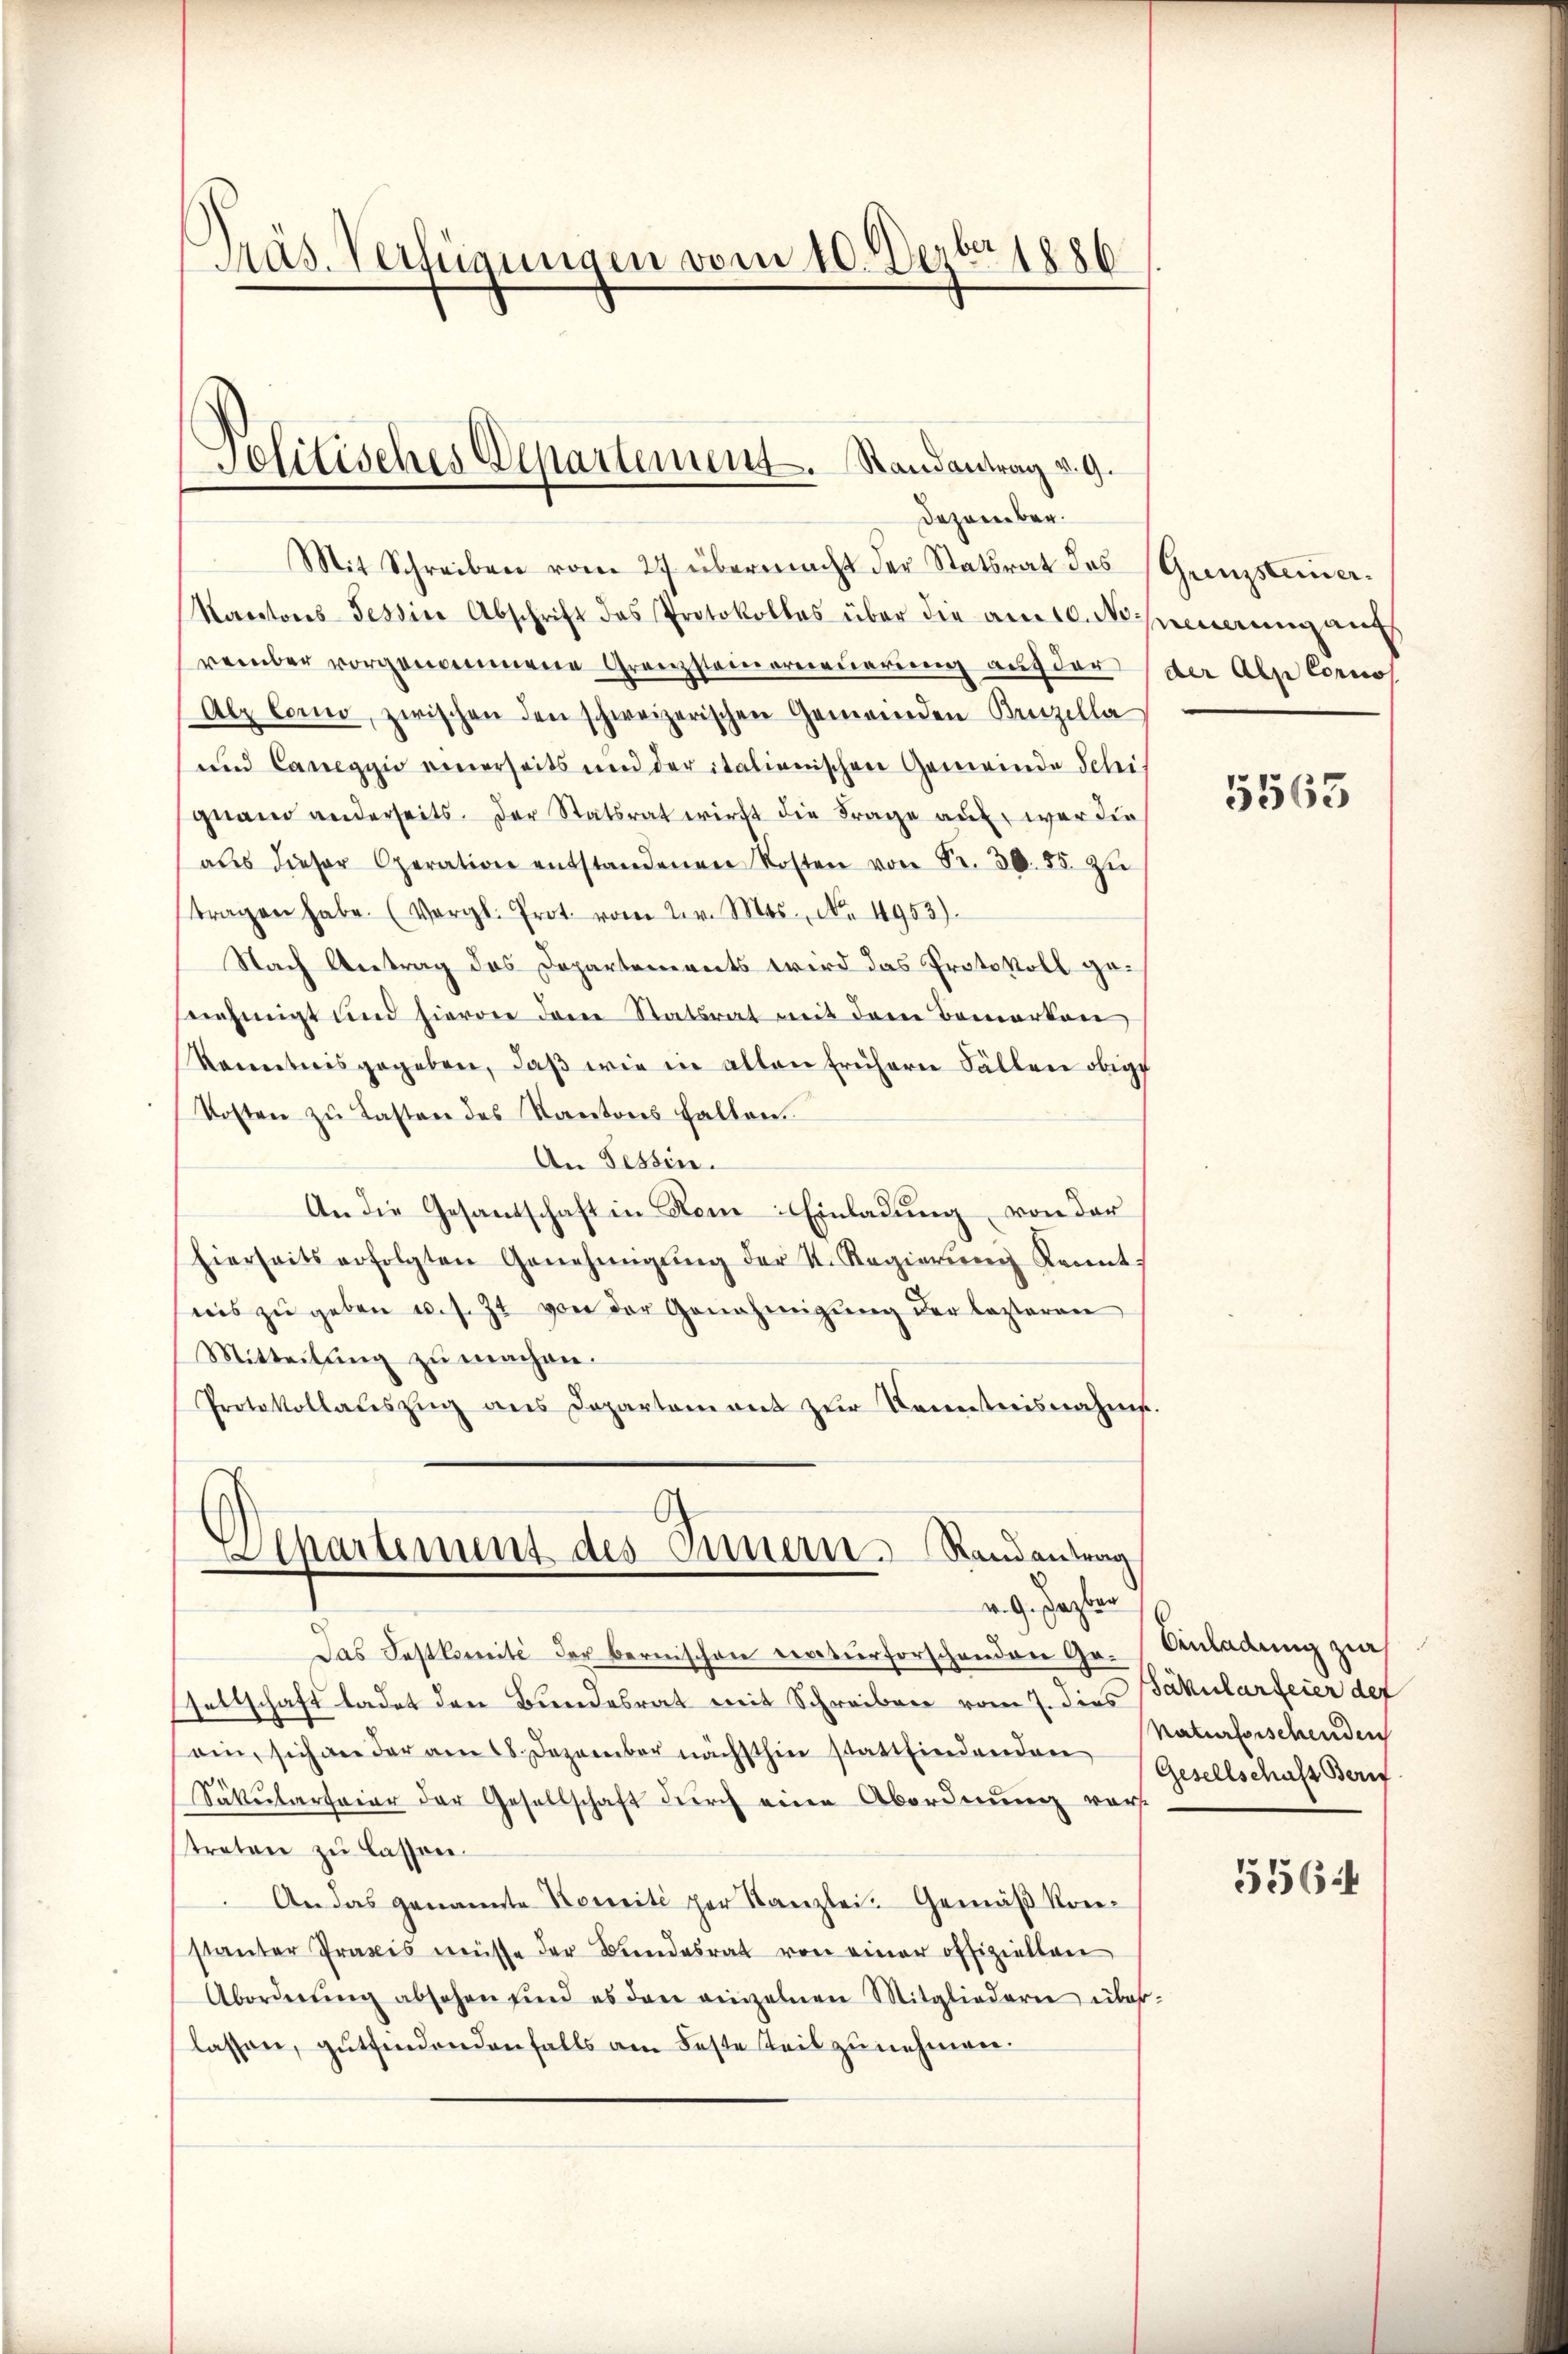
Präs. Verfügungen vom 10. Decbr. 1886

Jolitisches Departement. Randantrag v. 9.
Dezember.

Mit Schreiben vom 27 übermacht der Statsrat des
Kantons Tessine Abschrift das Protokolles über die am 10. No.
reinbar vorgenommene Grenzsteinerneuerung auf der
Alz Corno, zwischen den schweizerischen Gemeinden Benzella
und Caneggio einerseits und der italienischen Gemeinde Schei
grand anderseits. Der Statsrat wirft die Frage auf, war die
aus dieser Operation entstandenen Kosten von Fr. 30. 85. zu
tragen habe. (Vergl. Prot. vom 2. v. Mts., No. 4953).
Nach Antrag des Departements wird das Protokoll genehmigt und hievon den Statsrat mit dem Bemerken
kanntnisgegeben, daβ wie in allen frühern Fällen obige
Kosten zu Lasten des Kantons fallen.
An Tessin.
An die Gesandschaft in dem Einladung von der
Eierseits erfolgten Genehmigŭng der N. Regierŭng Kennt
nis zŭ geben u. s. Z. von der Genehmigŭng der lezteren
Mitteilŭng zu machen.
Protokollateszŭg ans Departement zur Kenntnisnahme.
partement des Innern Randantrag
v. 9. Jazber
Das Festkomité der bernischen naturforschenden Gr. Anladung zwa
sellschaft ladet den Bundesrat mit Schreiben vom 7. dies Fakularfeier def
sein, sich an der am 28. Dezember nächsthin stattfindenden
Säkularfeier der Gesellschaft durch eine Abordnung vortreten zu lassen.
 An das genannte Nossité per Kanzlei. Gemäβ Kon-
stanter Praxis müsse der Bundesrat von einer offizielten
Abordnŭng absehen sind es den einzelnen Mitgliedern über
lassen, gutfindendenfalls am Feste Teilzunehmen.

Grenzsteiner.
einerung auf
der Alpe Cornos

5563

Naturforschenden
Gesellschaft Beri

5564